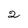
Character: 2